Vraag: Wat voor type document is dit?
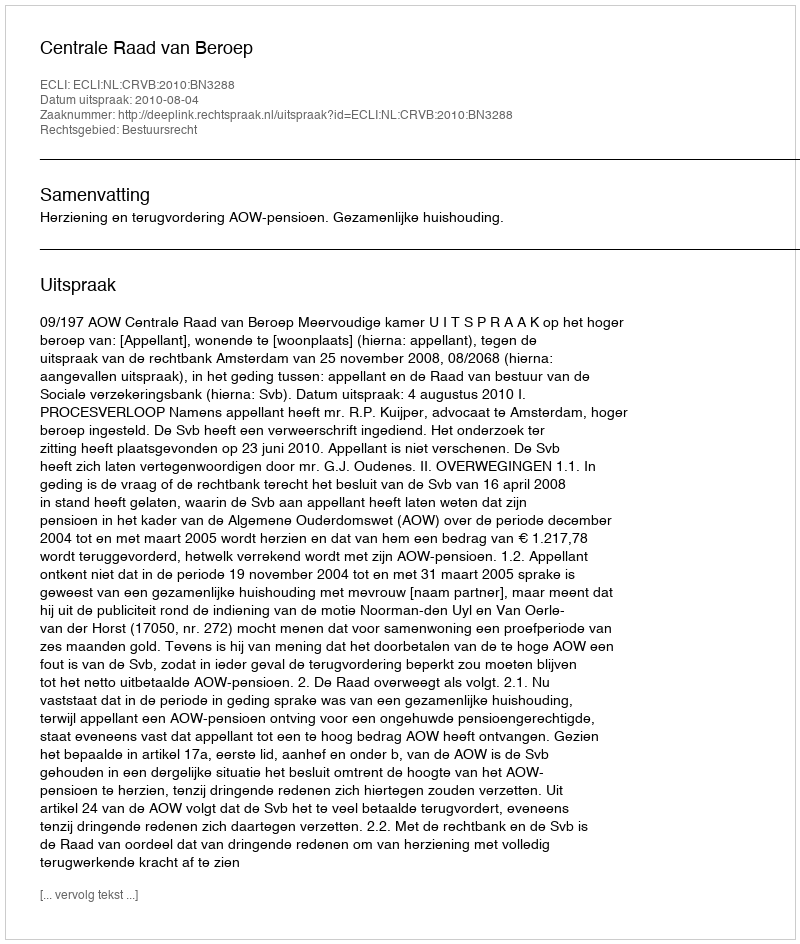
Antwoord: Uitspraak